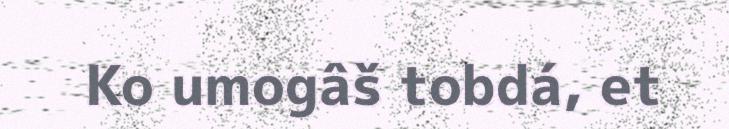
Ko umogâš tobdá, et